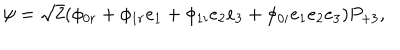
LaTeX: \psi = \sqrt { 2 } ( \phi _ { 0 r } + \phi _ { 1 r } e _ { 1 } + \phi _ { 1 i } e _ { 2 } e _ { 3 } + \phi _ { 0 i } e _ { 1 } e _ { 2 } e _ { 3 } ) P _ { + 3 } ,